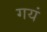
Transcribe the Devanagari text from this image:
गयं